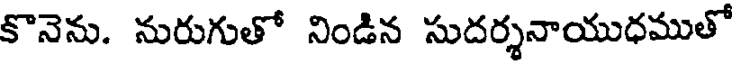
కొనెను. నురుగుతో నిండిన సుదర్శనాయుధముతో